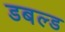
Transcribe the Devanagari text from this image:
डबल्ड